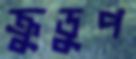
ক্রুডুপ